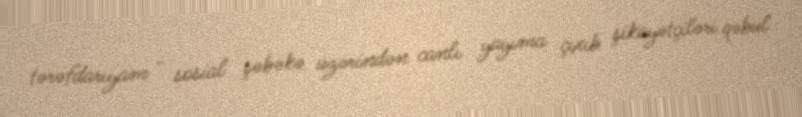
tərəfdarıyam - sosial şəbəkə üzərindən canlı yayıma çıxıb şikayətçiləri qəbul